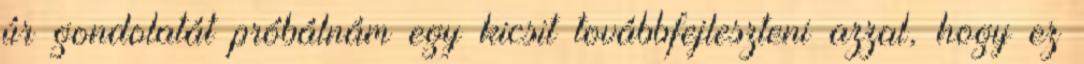
úr gondolatát próbálnám egy kicsit továbbfejleszteni azzal, hogy ez